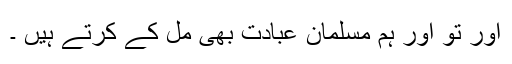
اور تو اور ہم مسلمان عبادت بھی مل کے کرتے ہیں ۔